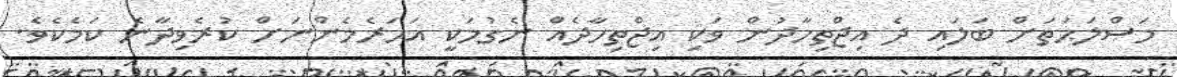
މަޞްލަޙަތަށް ބަލައި ދެ އިޖްތިހާދުން ވަކި އިޖްތިހާދެއް ނެގުމަކީ އަހަރެމެންނަށް ކުރެވިދާނެ ކަމެކެވެ.